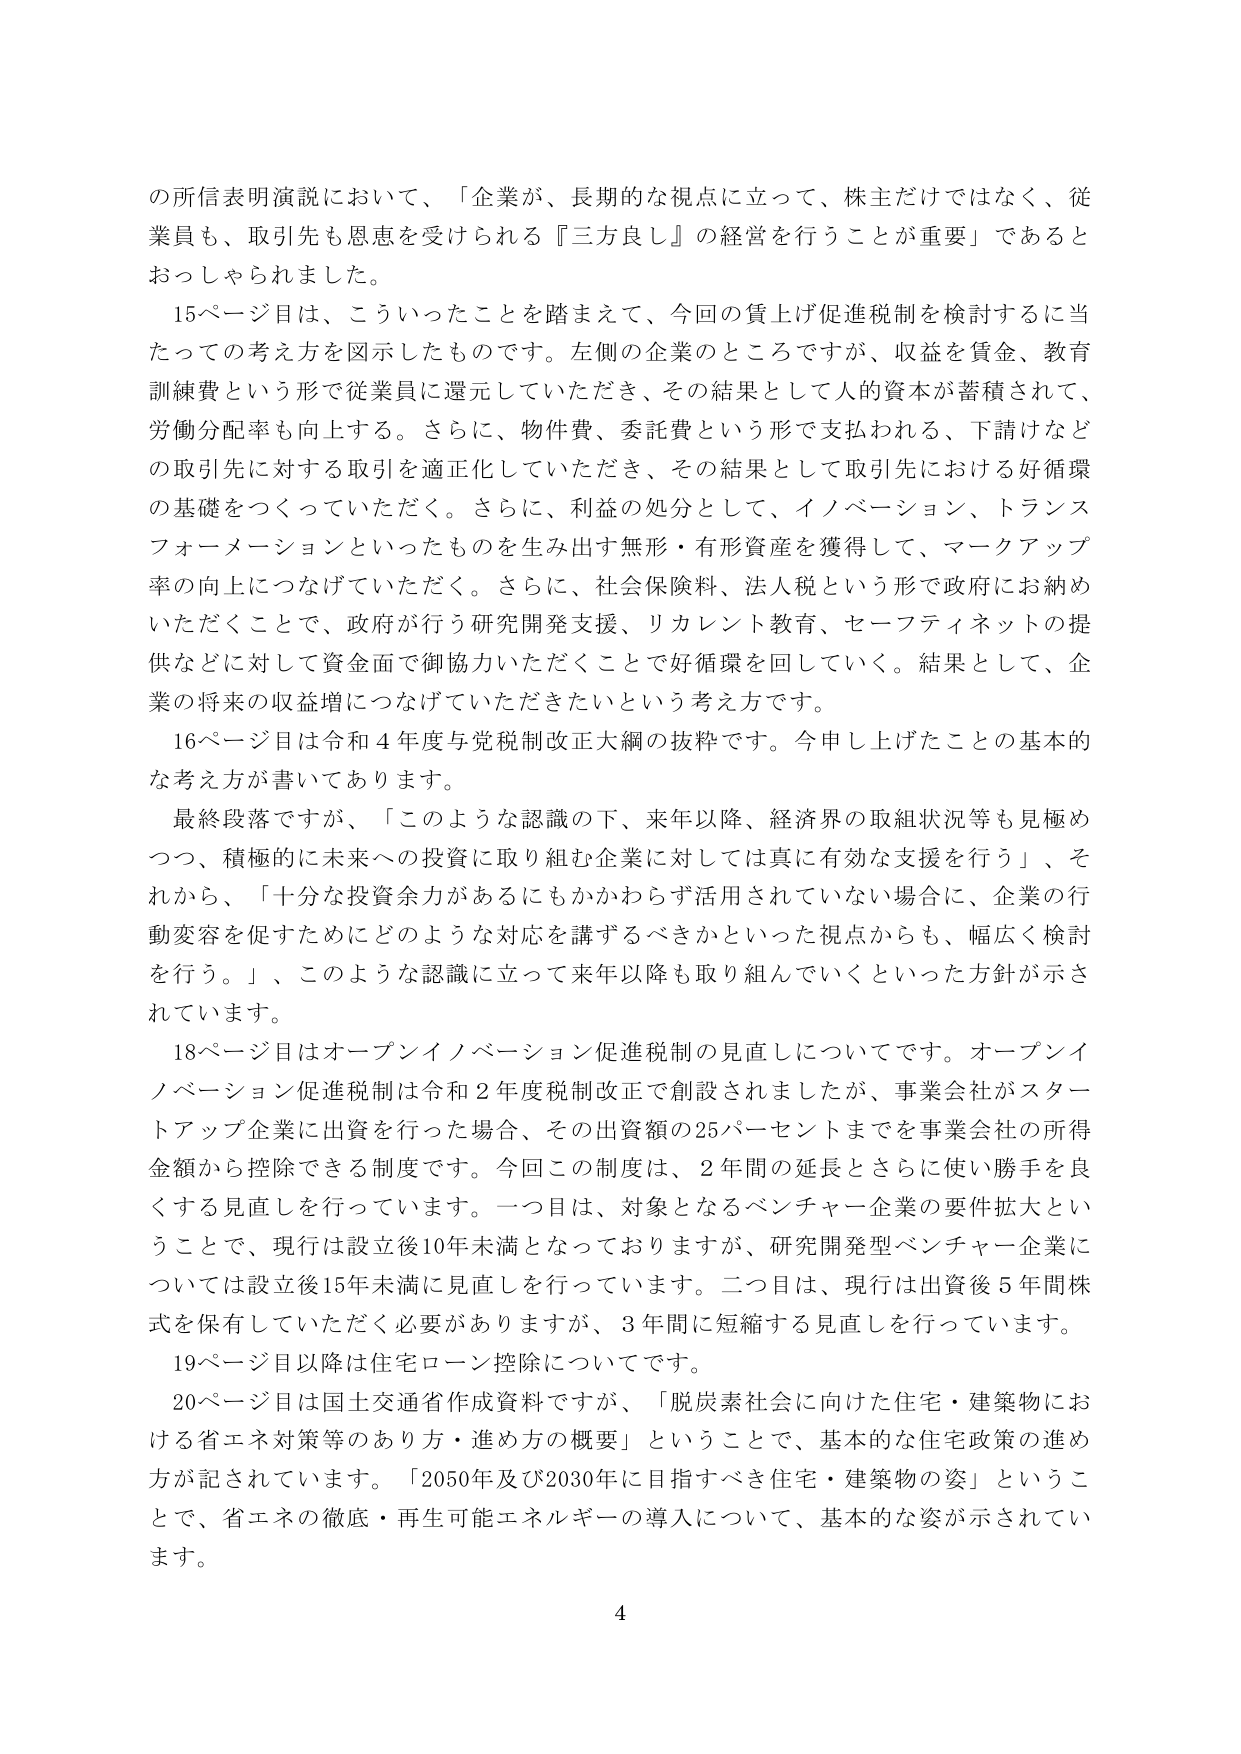
の所信表明演説において、「企業が、長期的な視点に立って、株主だけではなく、従業員も、取引先も恩恵を受けられる『三方良し』の経営を行うことが重要」であるとおっしゃられました。

15ページ目は、こういったことを踏まえて、今回の賃上げ促進税制を検討するに当たっての考え方を図示したものです。左側の企業のところですが、収益を賃金、教育訓練費という形で従業員に還元していただき、その結果として人的資本が蓄積されて、労働分配率も向上する。さらに、物件費、委託費という形で支払われる、下請けなどの取引先に対する取引を適正化していただき、その結果として取引先における好循環の基礎をつくっていただく。さらに、利益の処分として、イノベーション、トランスフォーメーションといったものを生み出す無形・有形資産を獲得して、マークアップ率の向上につなげていただく。さらに、社会保険料、法人税という形で政府にお納めいただくことで、政府が行う研究開発支援、リカレント教育、セーフティネットの提供などに対して資金面で御協力いただくことで好循環を回していく。結果として、企業の将来の収益増につなげていただきたいという考え方です。

16ページ目は令和4年度与党税制改正大綱の抜粋です。今申し上げたことの基本的な考え方が書いてあります。

最終段落ですが、「このような認識の下、来年以降、経済界の取組状況等も見極めつつ、積極的に未来への投資に取り組む企業に対しては真に有効な支援を行う」、それから、「十分な投資余力があるにもかかわらず活用されていない場合に、企業の行動変容を促すためにどのような対応を講ずるべきかといった視点からも、幅広く検討を行う。」、このような認識に立って来年以降も取り組んでいくといった方針が示されています。

18ページ目はオープンイノベーション促進税制の見直しについてです。オープンイノベーション促進税制は令和2年度税制改正で創設されましたが、事業会社がスタートアップ企業に出資を行った場合、その出資額の25パーセントまでを事業会社の所得金額から控除できる制度です。今回この制度は、2年間の延長とさらに使い勝手を良くする見直しを行っています。一つ目は、対象となるベンチャー企業の要件拡大ということで、現行は設立後10年未満となっておりますが、研究開発型ベンチャー企業については設立後15年未満に見直しを行っています。二つ目は、現行は出資後5年間株式を保有していただく必要がありますが、3年間に短縮する見直しを行っています。

19ページ目以降は住宅ローン控除についてです。

20ページ目は国土交通省作成資料ですが、「脱炭素社会に向けた住宅・建築物における省エネ対策等のあり方・進め方の概要」ということで、基本的な住宅政策の進め方が記されています。「2050年及び2030年に目指すべき住宅・建築物の姿」ということで、省エネの徹底・再生可能エネルギーの導入について、基本的な姿が示されています。

4